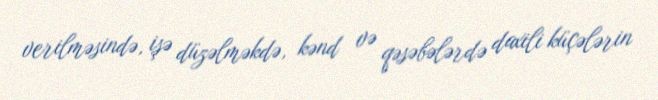
verilməsində, işə düzəlməkdə, kənd və qəsəbələrdə daxili küçələrin